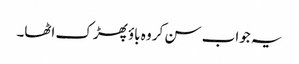
یہ جواب سن کر وہ باؤ پھڑک اٹھا۔